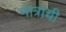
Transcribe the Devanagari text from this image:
मात्राची